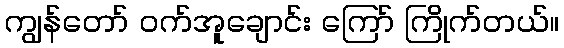
ကျွန်တော် ဝက်အူချောင်း ကြော် ကြိုက်တယ်။